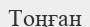
Тоңған